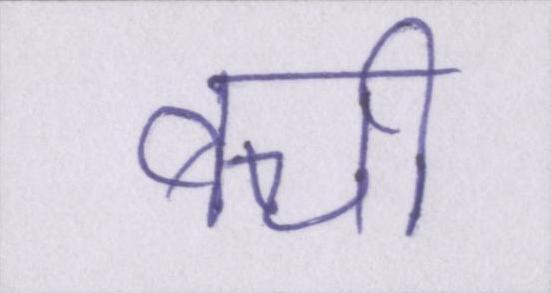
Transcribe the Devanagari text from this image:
बची